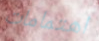
اهتمامات